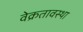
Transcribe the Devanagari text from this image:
वेक्रतावस्था